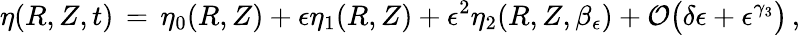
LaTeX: \eta(R,Z,t)\, =\, \eta_{0}(R,Z)+\epsilon\eta_{1}(R,Z)+\epsilon^{2}\eta_{2}(R,Z,\beta_{\epsilon})+\mathcal{O}\bigl(\delta\epsilon+\epsilon^{\gamma_{3}}\bigr)\, ,